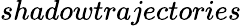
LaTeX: \textit{shadowtrajectories}